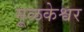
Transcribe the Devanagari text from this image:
मूळकेश्वर